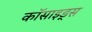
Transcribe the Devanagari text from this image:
कॉसाइड्स